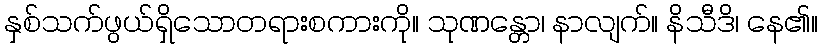
နှစ်သက်ဖွယ်ရှိသောတရားစကားကို။ သုဏန္တော၊ နာလျက်။ နိသီဒိ၊ နေ၏။